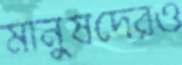
মানুষদেরও